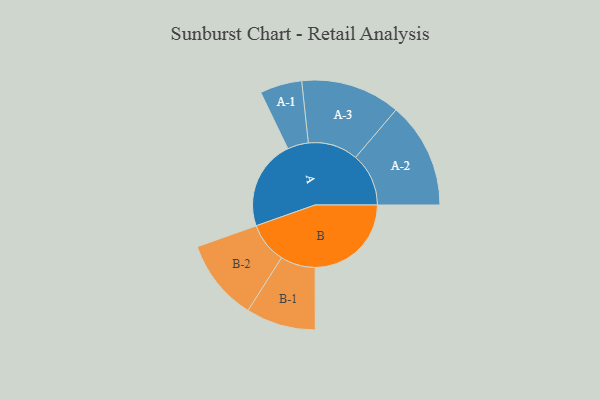
{"axis": {"x": "Segment", "y": "Value"}, "legend": ["", "A", "B"], "data": [{"x": "A", "y": 466, "type": ""}, {"x": "B", "y": 500, "type": ""}, {"x": "A-1", "y": 109, "type": "A"}, {"x": "A-2", "y": 276, "type": "A"}, {"x": "A-3", "y": 259, "type": "A"}, {"x": "B-1", "y": 181, "type": "B"}, {"x": "B-2", "y": 212, "type": "B"}]}